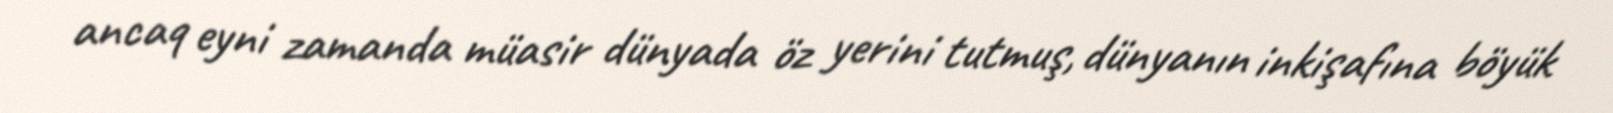
ancaq eyni zamanda müasir dünyada öz yerini tutmuş, dünyanın inkişafına böyük